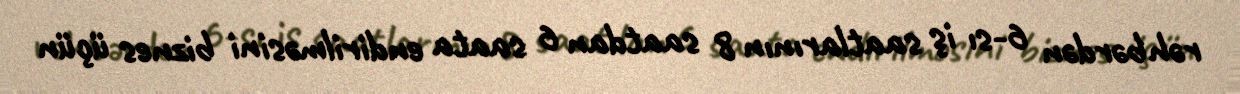
rəhbərdən 6-sı iş saatlarının 8 saatdan 6 saata endirilməsini biznes üçün